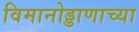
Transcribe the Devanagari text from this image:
विमानोड्डाणाच्या